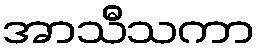
အာသီသကာ